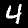
Digit: 4